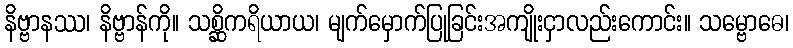
နိဗ္ဗာနဿ၊ နိဗ္ဗာန်ကို။ သစ္ဆိကရိယာယ၊ မျက်မှောက်ပြုခြင်းအကျိုးငှာလည်းကောင်း။ သမ္ဗောဓေ၊